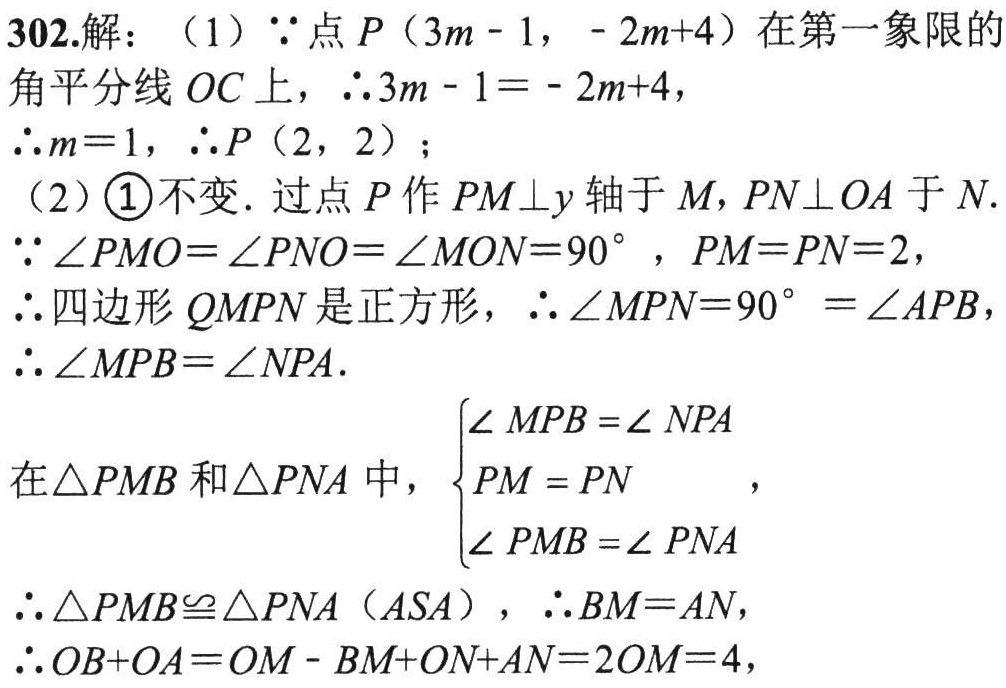
302.解：（1）\(\because\)点\(P\)（\(3m - 1\)，\(-2m + 4\)）在第一象限的
角平分线 \(OC\)上，\(\therefore3m - 1=-2m + 4\)，
\(\therefore m = 1\)，\(\therefore P\)（\(2\)，\(2\)）；
（2）\textcircled{1}不变. 过点\(P\)作\(PM\perp y\)轴于\(M\)，\(PN\perp OA\)于\(N\).
\(\because\angle PMO=\angle PNO=\angle MON = 90^{\circ}\)，\(PM = PN = 2\)，
\(\therefore\)四边形\(QMPN\)是正方形，\(\therefore\angle MPN = 90^{\circ}=\angle APB\)，
\(\therefore\angle MPB=\angle NPA\).
在\(\triangle PMB\)和\(\triangle PNA\)中，\(\begin{cases}\angle MPB=\angle NPA\\PM = PN\\\angle PMB=\angle PNA\end{cases}\)，
\(\therefore\triangle PMB\cong\triangle PNA\)（\(ASA\)），\(\therefore BM = AN\)，
\(\therefore OB + OA=OM - BM+ON + AN = 2OM = 4\)，